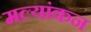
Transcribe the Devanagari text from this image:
मल्यांकन